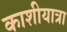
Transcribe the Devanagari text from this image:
काशीयात्रा